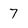
Character: 7